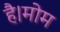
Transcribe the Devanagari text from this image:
है।मोम